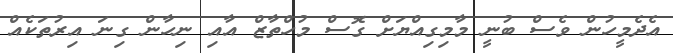
އެދެމީހުން ވެސް ބުނީ މާމިގިއްޔަށް ގޮސް މުހްތާޒް އާއި ނިހާން ގިނަ އިރުތަކެއް